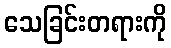
သေခြင်းတရားကို